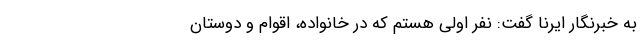
به خبرنگار ایرنا گفت: نفر اولی هستم که در خانواده، اقوام و دوستان